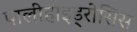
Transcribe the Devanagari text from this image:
पालीहाइड्रोसिस